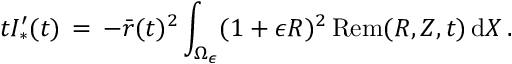
t I _ { * } ^ { \prime } ( t ) \, = \, - \bar { r } ( t ) ^ { 2 } \int _ { \Omega _ { \epsilon } } ( 1 + \epsilon R ) ^ { 2 } \, \mathrm { R e m } ( R , Z , t ) \, \mathrm { d } X \, .